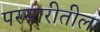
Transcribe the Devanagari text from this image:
परसारीतील